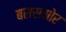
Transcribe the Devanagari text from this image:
बससमोर